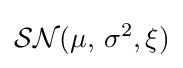
{\mathcal {SN}}(\mu ,\,\sigma ^{2},\xi )